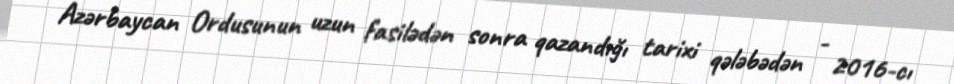
Azərbaycan Ordusunun uzun fasilədən sonra qazandığı tarixi qələbədən - 2016-cı